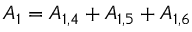
{ A _ { 1 } } = { A _ { 1 , 4 } } + { A _ { 1 , 5 } } + { A _ { 1 , 6 } }